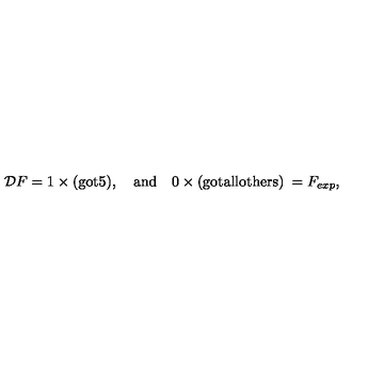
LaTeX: { \cal D } F = 1 \times \mathrm { ( g o t 5 ) } , \quad \mathrm { a n d } \quad 0 \times \mathrm { ( g o t a l l o t h e r s ) } \: = F _ { e x p } ,